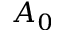
A _ { 0 }